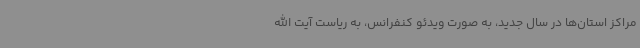
مراکز استان‌ها در سال جدید، به صورت ویدئو کنفرانس، به ریاست آیت الله